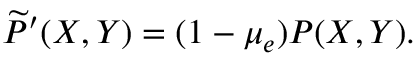
\widetilde { P } ^ { \prime } ( X , Y ) = ( 1 - \mu _ { e } ) P ( X , Y ) .